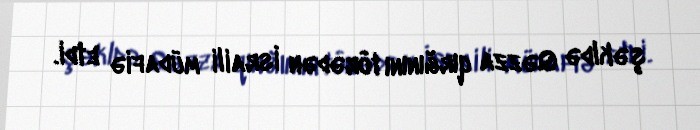
şəkldə Qəzza qırğınını törədən İsraili müdafiə etdi.